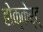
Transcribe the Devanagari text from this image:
होक्केर्ट्